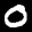
Label: 0